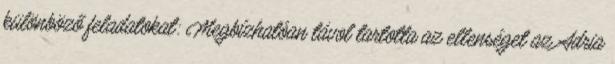
különböző feladatokat: Megbízhatóan távol tartotta az ellenséget az Adria